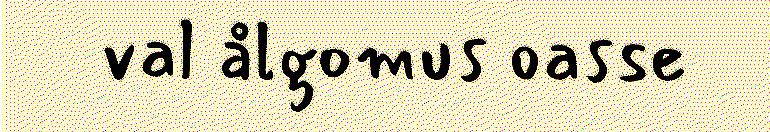
val ålgomus oasse